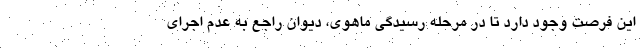
این فرصت وجود دارد تا در مرحله رسیدگی ماهوی، دیوان راجع به عدم اجرای